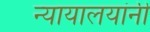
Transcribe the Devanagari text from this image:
न्यायालयांनी